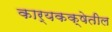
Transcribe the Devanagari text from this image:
कार्यकक्षेतील